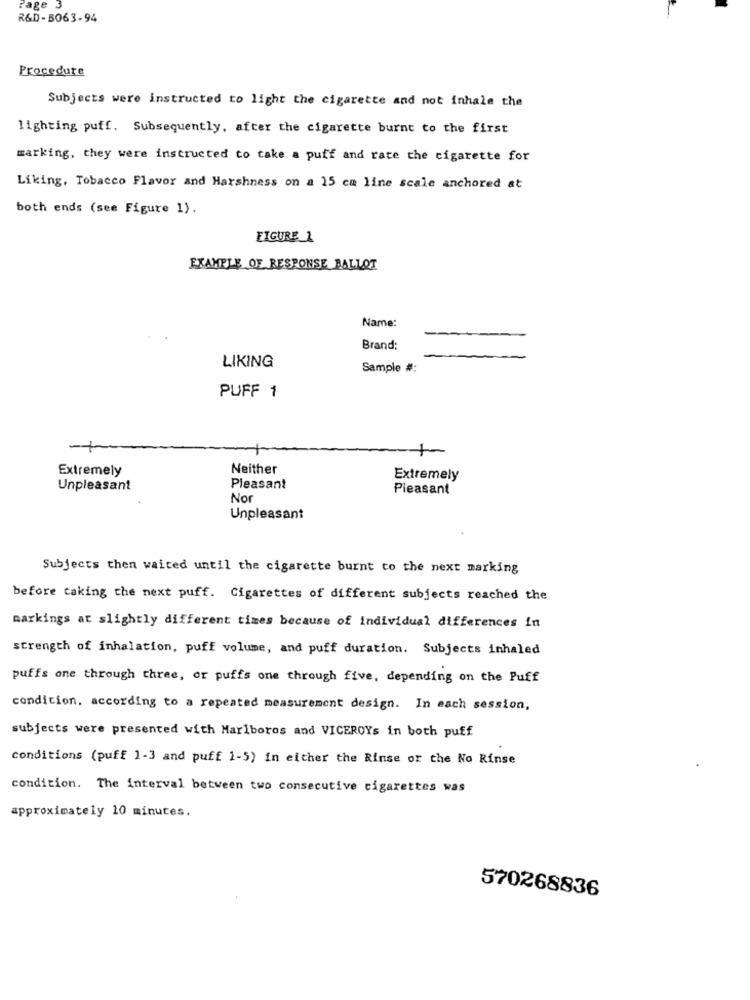
Page 3
R&D-5063-94
Procedure
Subjects were instructed to light the cigarette and not inhale the
lighting puff. Subsequently, after the cigarette burnt to the first
marking, they were instructed to take a puff and rate the cigarette for
Liking, Tobacco Flavor and Harshness on a 15 cm line scale anchored at
both ends (see Figure 1).
FIGURE 1
EXAMPLE OF RESPONSE BALLOT
Name:
Brand:
LIKING
Sample #:
PUFF 1
-+
+
Extremely
Neither
Extremely
Unpleasant
Pleasant
Pleasant
No
Unpleasant
Subjects then waited until the cigarette burnt to the next marking
before taking the next puff. Cigarettes of different subjects reached the
markings at slightly different times because of individual differences in
strength of inhalation, puff volume, and puff duration. Subjects inhaled
puffs one through three, or puffs one through five, depending on the Puff
condition. according to a repeated measurement design. In each session,
subjects were presented with Marlboros and VICEROYs in both puff
conditions (puff 1-3 and puff 1-5) in either the Rinse or the No Rinse
condition. The interval between two consecutive cigarettes was
approximately 10 minutes.
570268836